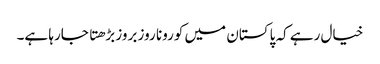
خیال رہے کہ پاکستان میں کورونا روز بروز بڑهتا جارہا ہے۔